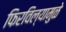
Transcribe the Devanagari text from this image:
फिरविल्यामुळे